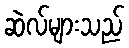
ဆဲလ်များသည်